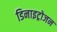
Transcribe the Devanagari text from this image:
डिनाइट्रोजन